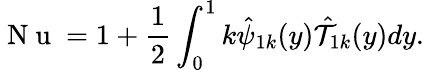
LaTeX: \mathrm{~N~u~}=1+\frac{1}{2}\int_{0}^{1}k\hat{\psi}_{1k}(y)\hat{\mathcal{T}}_{1k}(y)dy.